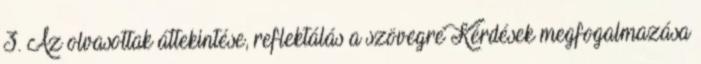
3. Az olvasottak áttekintése, reflektálás a szövegre Kérdések megfogalmazása